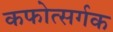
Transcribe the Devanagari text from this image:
कफोत्सर्गक